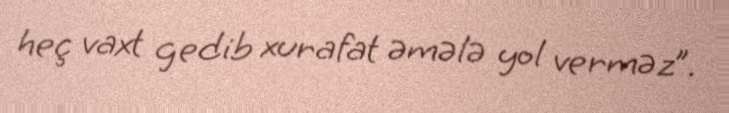
heç vaxt gedib xurafat əmələ yol verməz”.